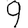
Digit: 9